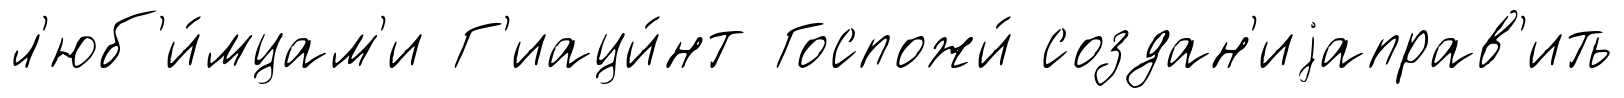
л'юб'и́мцам'и Г'иаци́нт Госпожи́ создан'иjаправ'ить